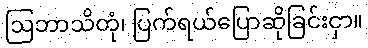
ဩဘာသိတုံ၊ ပြက်ရယ်ပြောဆိုခြင်းငှာ။